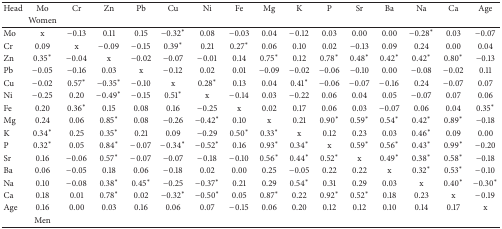
<table><thead><tr><td><b>Head</b></td><td><b>Mo</b></td><td><b>Cr</b></td><td><b>Zn</b></td><td><b>Pb</b></td><td><b>Cu</b></td><td><b>Ni</b></td><td><b>Fe</b></td><td><b>Mg</b></td><td><b>K</b></td><td><b>P</b></td><td><b>Sr</b></td><td><b>Ba</b></td><td><b>Na</b></td><td><b>Ca</b></td><td><b>Age</b></td></tr><tr><td><b> </b></td><td><b>Women</b></td><td><b> </b></td><td><b> </b></td><td><b> </b></td><td><b> </b></td><td><b> </b></td><td><b> </b></td><td><b> </b></td><td><b> </b></td><td><b> </b></td><td><b> </b></td><td><b> </b></td><td><b> </b></td><td><b> </b></td><td><b> </b></td></tr></thead><tbody><tr><td>Mo</td><td>x</td><td>−0.13</td><td>0.11</td><td>0.15</td><td>−0.32<sup><i>∗</i></sup></td><td>0.08</td><td>−0.03</td><td>0.04</td><td>−0.12</td><td>0.03</td><td>0.00</td><td>0.00</td><td>−0.28<sup><i>∗</i></sup></td><td>0.03</td><td>−0.07</td></tr><tr><td>Cr</td><td>0.09</td><td>x</td><td>−0.09</td><td>−0.15</td><td>0.39<sup><i>∗</i></sup></td><td>0.21</td><td>0.27<sup><i>∗</i></sup></td><td>0.06</td><td>0.10</td><td>0.02</td><td>−0.13</td><td>0.09</td><td>0.24</td><td>0.00</td><td>0.04</td></tr><tr><td>Zn</td><td>0.35<sup><i>∗</i></sup></td><td>−0.04</td><td>x</td><td>−0.02</td><td>−0.07</td><td>−0.01</td><td>0.14</td><td>0.75<sup><i>∗</i></sup></td><td>0.12</td><td>0.78<sup><i>∗</i></sup></td><td>0.48<sup><i>∗</i></sup></td><td>0.42<sup><i>∗</i></sup></td><td>0.42<sup><i>∗</i></sup></td><td>0.80<sup><i>∗</i></sup></td><td>−0.13</td></tr><tr><td>Pb</td><td>−0.05</td><td>−0.16</td><td>0.03</td><td>x</td><td>−0.12</td><td>0.02</td><td>0.01</td><td>−0.09</td><td>−0.02</td><td>−0.06</td><td>−0.10</td><td>0.00</td><td>−0.08</td><td>−0.02</td><td>0.11</td></tr><tr><td>Cu</td><td>−0.02</td><td>0.57<sup><i>∗</i></sup></td><td>−0.35<sup><i>∗</i></sup></td><td>−0.10</td><td>x</td><td>0.28<sup><i>∗</i></sup></td><td>0.13</td><td>0.04</td><td>0.41<sup><i>∗</i></sup></td><td>−0.06</td><td>−0.07</td><td>−0.16</td><td>0.24</td><td>−0.07</td><td>0.07</td></tr><tr><td>Ni</td><td>−0.25</td><td>0.20</td><td>−0.49<sup><i>∗</i></sup></td><td>−0.15</td><td>0.51<sup><i>∗</i></sup></td><td>x</td><td>−0.14</td><td>0.03</td><td>−0.22</td><td>0.06</td><td>0.04</td><td>0.05</td><td>−0.07</td><td>0.07</td><td>0.06</td></tr><tr><td>Fe</td><td>0.20</td><td>0.36<sup><i>∗</i></sup></td><td>0.15</td><td>0.08</td><td>0.16</td><td>−0.25</td><td>x</td><td>0.02</td><td>0.17</td><td>0.06</td><td>0.03</td><td>−0.07</td><td>0.06</td><td>0.04</td><td>0.35<sup><i>∗</i></sup></td></tr><tr><td>Mg</td><td>0.24</td><td>0.06</td><td>0.85<sup><i>∗</i></sup></td><td>0.08</td><td>−0.26</td><td>−0.42<sup><i>∗</i></sup></td><td>0.10</td><td>x</td><td>0.21</td><td>0.90<sup><i>∗</i></sup></td><td>0.59<sup><i>∗</i></sup></td><td>0.54<sup><i>∗</i></sup></td><td>0.42<sup><i>∗</i></sup></td><td>0.89<sup><i>∗</i></sup></td><td>−0.18</td></tr><tr><td>K</td><td>0.34<sup><i>∗</i></sup></td><td>0.25</td><td>0.35<sup><i>∗</i></sup></td><td>0.21</td><td>0.09</td><td>−0.29</td><td>0.50<sup><i>∗</i></sup></td><td>0.33<sup><i>∗</i></sup></td><td>x</td><td>0.12</td><td>0.23</td><td>0.03</td><td>0.46<sup><i>∗</i></sup></td><td>0.09</td><td>0.00</td></tr><tr><td>P</td><td>0.32<sup><i>∗</i></sup></td><td>0.05</td><td>0.84<sup><i>∗</i></sup></td><td>−0.07</td><td>−0.34<sup><i>∗</i></sup></td><td>−0.52<sup><i>∗</i></sup></td><td>0.16</td><td>0.93<sup><i>∗</i></sup></td><td>0.34<sup><i>∗</i></sup></td><td>x</td><td>0.59<sup><i>∗</i></sup></td><td>0.56<sup><i>∗</i></sup></td><td>0.43<sup><i>∗</i></sup></td><td>0.99<sup><i>∗</i></sup></td><td>−0.20</td></tr><tr><td>Sr</td><td>0.16</td><td>−0.06</td><td>0.57<sup><i>∗</i></sup></td><td>−0.07</td><td>−0.07</td><td>−0.18</td><td>−0.10</td><td>0.56<sup><i>∗</i></sup></td><td>0.44<sup><i>∗</i></sup></td><td>0.52<sup><i>∗</i></sup></td><td>x</td><td>0.49<sup><i>∗</i></sup></td><td>0.38<sup><i>∗</i></sup></td><td>0.58<sup><i>∗</i></sup></td><td>−0.18</td></tr><tr><td>Ba</td><td>0.06</td><td>−0.05</td><td>0.18</td><td>0.06</td><td>−0.18</td><td>0.02</td><td>0.00</td><td>0.25</td><td>−0.05</td><td>0.22</td><td>0.22</td><td>x</td><td>0.32<sup><i>∗</i></sup></td><td>0.53<sup><i>∗</i></sup></td><td>−0.10</td></tr><tr><td>Na</td><td>0.10</td><td>−0.08</td><td>0.38<sup><i>∗</i></sup></td><td>0.45<sup><i>∗</i></sup></td><td>−0.25</td><td>−0.37<sup><i>∗</i></sup></td><td>0.21</td><td>0.29</td><td>0.54<sup><i>∗</i></sup></td><td>0.31</td><td>0.29</td><td>0.03</td><td>x</td><td>0.40<sup><i>∗</i></sup></td><td>−0.30<sup><i>∗</i></sup></td></tr><tr><td>Ca</td><td>0.18</td><td>0.01</td><td>0.78<sup><i>∗</i></sup></td><td>0.02</td><td>−0.32<sup><i>∗</i></sup></td><td>−0.50<sup><i>∗</i></sup></td><td>0.05</td><td>0.87<sup><i>∗</i></sup></td><td>0.22</td><td>0.92<sup><i>∗</i></sup></td><td>0.52<sup><i>∗</i></sup></td><td>0.18</td><td>0.23</td><td>x</td><td>−0.19</td></tr><tr><td>Age</td><td>0.16</td><td>0.00</td><td>0.03</td><td>0.16</td><td>0.06</td><td>0.07</td><td>−0.15</td><td>0.06</td><td>0.20</td><td>0.12</td><td>0.12</td><td>0.10</td><td>0.14</td><td>0.17</td><td>x</td></tr><tr><td> </td><td>Men</td><td> </td><td> </td><td> </td><td> </td><td> </td><td> </td><td> </td><td> </td><td> </td><td> </td><td> </td><td> </td><td> </td><td> </td></tr></tbody></table>